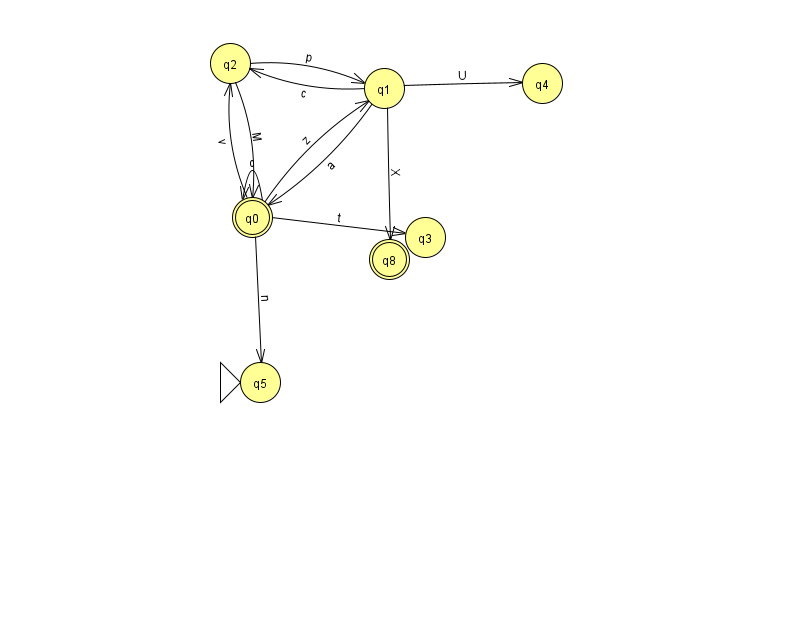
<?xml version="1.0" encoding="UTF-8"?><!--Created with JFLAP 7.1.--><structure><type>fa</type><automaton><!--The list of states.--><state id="0" name="q0"><x>252.0</x><y>204.0</y><final/></state><state id="1" name="q1"><x>384.0</x><y>75.0</y></state><state id="2" name="q2"><x>230.0</x><y>50.0</y></state><state id="3" name="q3"><x>425.0</x><y>224.0</y></state><state id="4" name="q4"><x>542.0</x><y>70.0</y></state><state id="5" name="q5"><x>260.0</x><y>369.0</y><initial/></state><state id="8" name="q8"><x>389.0</x><y>246.0</y><final/></state><!--The list of transitions.--><transition><from>0</from><to>1</to><read>z</read></transition><transition><from>1</from><to>2</to><read>c</read></transition><transition><from>2</from><to>1</to><read>p</read></transition><transition><from>0</from><to>0</to><read>c</read></transition><transition><from>1</from><to>4</to><read>U</read></transition><transition><from>2</from><to>0</to><read>M</read></transition><transition><from>1</from><to>8</to><read>X</read></transition><transition><from>0</from><to>3</to><read>t</read></transition><transition><from>0</from><to>5</to><read>n</read></transition><transition><from>1</from><to>0</to><read>a</read></transition><transition><from>0</from><to>2</to><read>v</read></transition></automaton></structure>